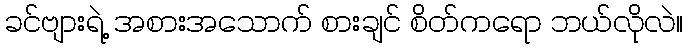
ခင်ဗျားရဲ့ အစားအသောက် စားချင် စိတ်ကရော ဘယ်လိုလဲ။